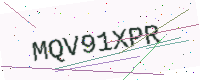
Text: MQV91XPR